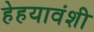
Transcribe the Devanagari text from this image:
हेहयावंशी